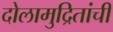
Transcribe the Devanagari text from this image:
दोलामुद्रितांची